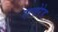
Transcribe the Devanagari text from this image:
एलोरेड